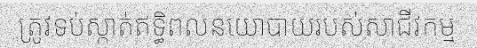
ត្រូវទប់ស្កាត់ឥទ្ធិពលនយោបាយរបស់សាជីវកម្ម